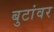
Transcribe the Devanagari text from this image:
बुटांवर